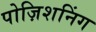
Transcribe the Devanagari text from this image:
पोज़िशनिंग